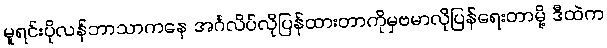
မူရင်းပိုလန်ဘာသာကနေ အင်္ဂလိပ်လိုပြန်ထားတာကိုမှဗမာလိုပြန်ရေးတာမို့ ဒီထဲက